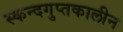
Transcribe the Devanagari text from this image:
स्कन्दगुप्तकालीन